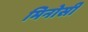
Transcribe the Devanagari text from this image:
मिनोसी